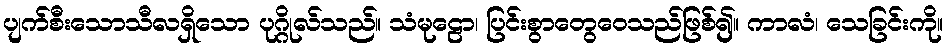
ပျက်စီးသောသီလရှိသော ပုဂ္ဂိုလ်သည်။ သံမုဠော၊ ပြင်းစွာတွေဝေသည်ဖြစ်၍။ ကာလံ၊ သေခြင်းကို။